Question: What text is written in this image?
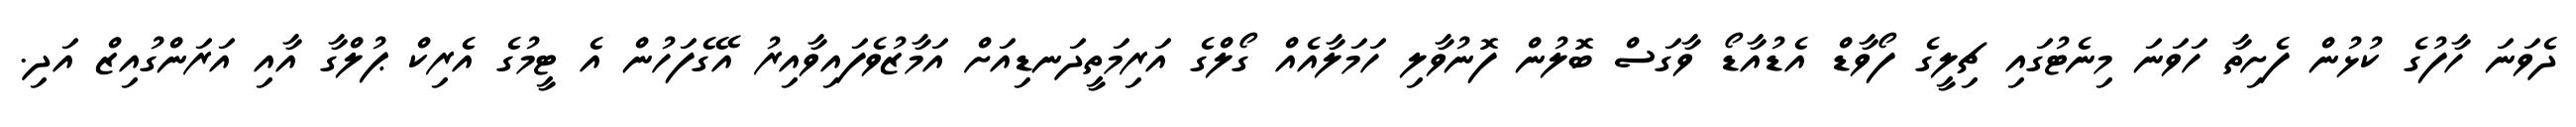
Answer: ދެވަނަ ހާފުގެ ކުޅުން ފެށިތާ ހަވަނަ މިނެޓުގައި ޗިލީގެ ފޯވާޑް އެޑުއާޑޯ ވާގަސް ބޮލުން ފޮނުވާލި ހަމަލާއެއް ގޯލްގެ އަރިމަތީދަނޑިއަށް އަމާޒުވެފައިވާއިރު އޭގެފަހުން އެ ޓީމުގެ އެރިކް ޕުލްގާ އާއި އަރަންގުއިޒް އަދި.